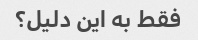
فقط به این دلیل؟